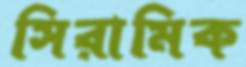
সিরামিক